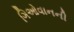
ગિઓવાનની